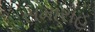
સમારોહ